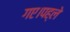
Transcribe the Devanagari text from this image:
गए।पह्ले